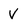
Character: V